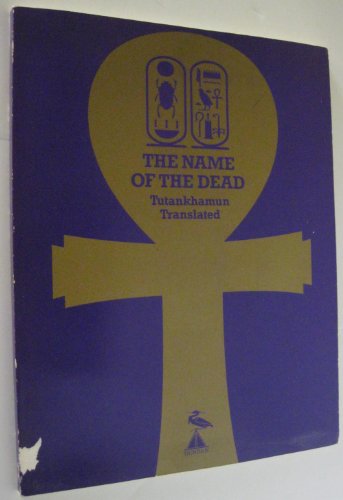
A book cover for The Name of the Dead: Hieroglyphic Inscriptions of the Treasures of Tutankhamun Translated; Hany Assaad; Religion & Spirituality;